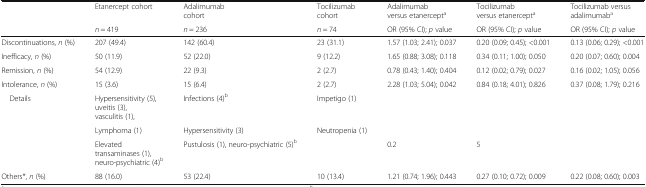
| <ROWSPAN=2>  | Etanercept cohort | Adalimumab cohort | Tocilizumab cohort | Adalimumab versus etanercepta | Tocilizumab versus etanercepta | Tocilizumab versus adalimumaba |
 | n = 419 | n = 236 | n = 74 | OR (95% CI); p value | OR (95% CI); p value | OR (95% CI); p value |
 | --- | --- | --- | --- | --- | --- | --- |
 | Discontinuations, n (%) | 207 (49.4) | 142 (60.4) | 23 (31.1) | 1.57 (1.03; 2.41); 0.037 | 0.20 (0.09; 0.45); <0.001 | 0.13 (0.06; 0.29); <0.001 |
 | Inefficacy, n (%) | 50 (11.9) | 52 (22.0) | 9 (12.2) | 1.65 (0.88; 3.08); 0.118 | 0.34 (0.11; 1.00); 0.050 | 0.20 (0.07; 0.60); 0.004 |
 | Remission, n (%) | 54 (12.9) | 22 (9.3) | 2 (2.7) | 0.78 (0.43; 1.40); 0.404 | 0.12 (0.02; 0.79); 0.027 | 0.16 (0.02; 1.05); 0.056 |
 | Intolerance, n (%) | 15 (3.6) | 15 (6.4) | 2 (2.7) | 2.28 (1.03; 5.04); 0.042 | 0.84 (0.18; 4.01); 0.826 | 0.37 (0.08; 1.79); 0.216 |
 | <ROWSPAN=3> Details | Hypersensitivity (5), uveitis (3), vasculitis (1), | Infections (4)b | Impetigo (1) |  |  |  |
 | Lymphoma (1) | Hypersensitivity (3) | Neutropenia (1) |  |  |  |
 | Elevated transaminases (1), neuro-psychiatric (4)b | Pustulosis (1), neuro-psychiatric (5)b |  | 0.2 | 5 |  |
 | Others*, n (%) | 88 (16.0) | 53 (22.4) | 10 (13.4) | 1.21 (0.74; 1.96); 0.443 | 0.27 (0.10; 0.72); 0.009 | 0.22 (0.08; 0.60); 0.003 |